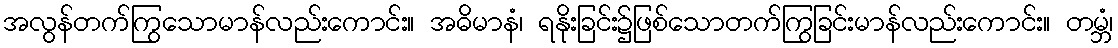
အလွန်တက်ကြွသောမာန်လည်းကောင်း။ အဓိမာနံ၊ ရနိုးခြင်း၌ဖြစ်သောတက်ကြွခြင်းမာန်လည်းကောင်း။ တမ္ဘံ၊